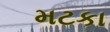
મટકા